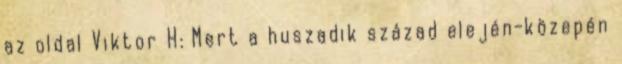
az oldal Viktor H: Mert a huszadik század elején-közepén